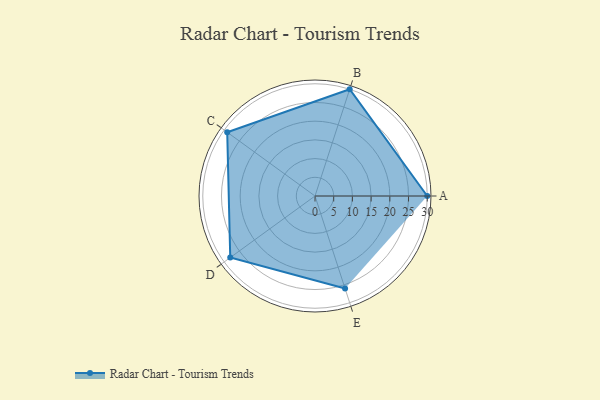
{"axis": {"x": "Skill", "y": "Score"}, "legend": ["Profile"], "data": [{"x": "A", "y": 30.0, "type": "Profile"}, {"x": "B", "y": 30.0, "type": "Profile"}, {"x": "C", "y": 29.0, "type": "Profile"}, {"x": "D", "y": 28.0, "type": "Profile"}, {"x": "E", "y": 26.0, "type": "Profile"}]}